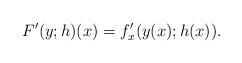
LaTeX: \begin{align*}F'(y;h)(x)=f_{x}'(y(x);h(x)).\end{align*}